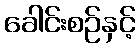
ခေါင်းစဉ်နှင့်